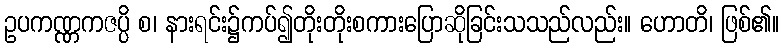
ဥပကဏ္ဏကဇပ္ပိ စ၊ နားရင်း၌ကပ်၍တိုးတိုးစကားပြောဆိုခြင်းသသည်လည်း။ ဟောတိ၊ ဖြစ်၏။